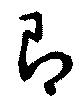
即